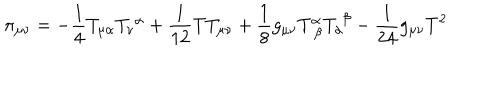
LaTeX: \pi _ { \mu \nu } = - \frac { 1 } { 4 } T _ { \mu \alpha } T _ { \nu } ^ { \; \alpha } + \frac { 1 } { 1 2 } T T _ { \mu \nu } + \frac { 1 } { 8 } g _ { \mu \nu } T _ { \; \beta } ^ { \alpha } T _ { \alpha } ^ { \; \beta } - \frac { 1 } { 2 4 } g _ { \mu \nu } T ^ { 2 }